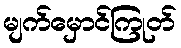
မျက်မှောင်ကြုတ်